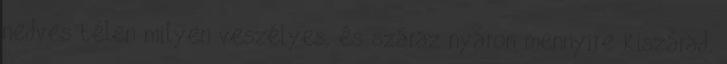
nedves télen milyen veszélyes, és száraz nyáron mennyire kiszárad.